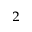
^ 2